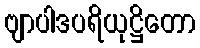
ဗျာပါဒပရိယုဋ္ဌိတော